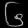
Digit: ၆